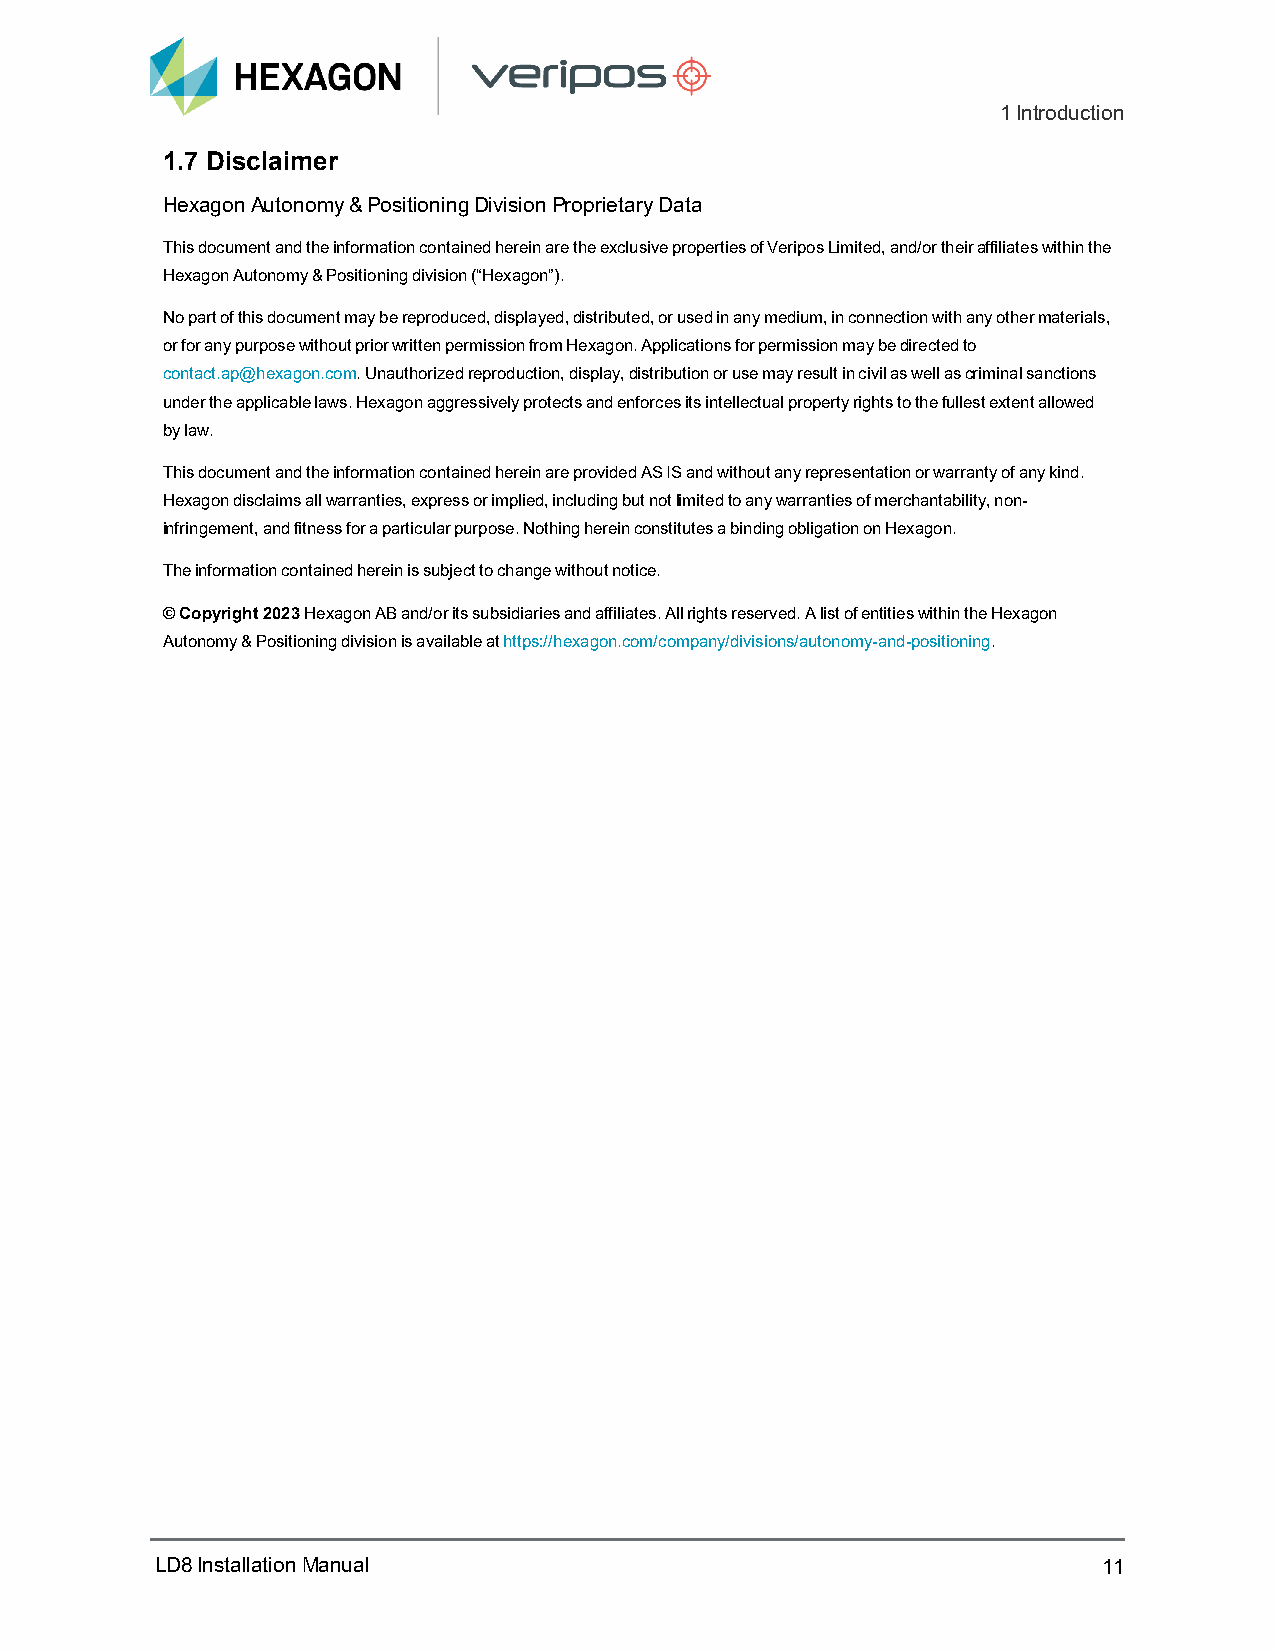
1Introduction
 1.7 Disclaimer
 Hexagon Autonomy & Positioning Division Proprietary Data
 This document and the information contained herein are the exclusive properties of Veripos Limited, and/or their affiliates within the
 Hexagon Autonomy & Positioning division (“Hexagon”).
 No part of this document may be reproduced, displayed, distributed, or used in any medium, in connection with any other materials,
 or for any purpose without prior written permission from Hexagon. Applications for permission may be directed to
 contact.ap@hexagon.com. Unauthorized reproduction, display, distribution or use may result in civil as well as criminal sanctions
 under the applicable laws. Hexagon aggressively protects and enforces its intellectual property rights to the fullest extent allowed
 by law.
 This document and the information contained herein are provided AS IS and without any representation or warranty of any kind.
 Hexagon disclaims all warranties, express or implied, including but not limited to any warranties of merchantability, non-
 infringement, and fitness for a particular purpose. Nothing herein constitutes a binding obligation on Hexagon.
 The information contained herein is subject to change without notice.
 © Copyright 2023 Hexagon AB and/or its subsidiaries and affiliates. All rights reserved. A list of entities within the Hexagon
 Autonomy & Positioning division is available at https://hexagon.com/company/divisions/autonomy-and-positioning.
 LD8InstallationManual                                          11